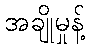
အချိုမှုန့်